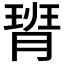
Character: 𪱟